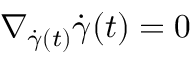
\nabla _ { { \dot { \gamma } } ( t ) } { \dot { \gamma } } ( t ) = 0